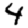
Digit: 4